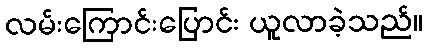
လမ်းကြောင်းပြောင်း ယူလာခဲ့သည်။